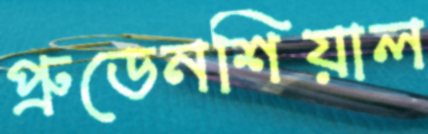
প্রুডেনশিয়াল